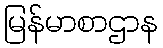
မြန်မာစာဌာန